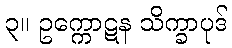
၃။ ဥက္ကောဋန သိက္ခာပုဒ်